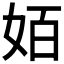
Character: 𰋿